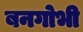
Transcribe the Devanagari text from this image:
बनगोभी